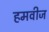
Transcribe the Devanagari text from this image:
हमवीज